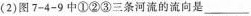
(2)图7-4-9中①②③三条河流的流向是___